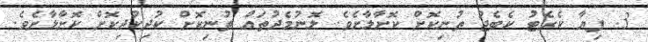
3. ފިޔާ ކެރެޓު ކެބެޖު ތުނިކޮށް ކޮށާލާށެވެ. ލޮނުމެދުތައް ތުނިކޮށް ކުދިކުދިކޮށް ކޮށާލާށެވެ.